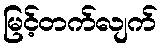
မြင့်တက်လျက်